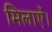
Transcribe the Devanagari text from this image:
मिलाऐं।